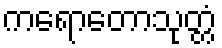
ကရောတောသုတ္တံ